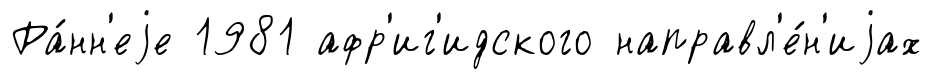
Ра́нн'еjе 1981 афр'иг'идского направл'е́н'иjах